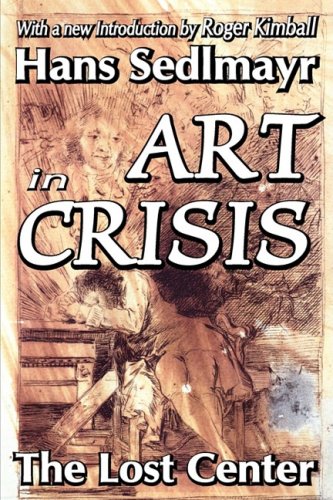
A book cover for Art in Crisis: The Lost Center (Library of Conservative Thought); Hans Sedlmayr; Medical Books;